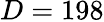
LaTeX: D=198